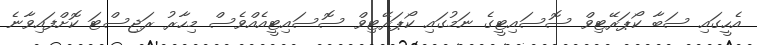
އެހީގައި ސަބާ ކޯޕަރޭޓިވް ސޮސައިޓީގެ ނަމުގައި ކޯޕަރޭޓިވް ސޮސައިޓީއެއްވެސް މިހާރު ރަޖިސްޓަ ކޮށްފައިވާނެ